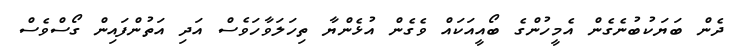
ދެން ބަޔަކުބުނެގެން އެމީހުންގެ ބޯއީއަކައް ވެގެން އުޅެންޔާ ތިހަލަވާހަވެސް އަދި އަތުންފައިން ގޯސްވެސް